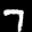
Label: 7